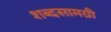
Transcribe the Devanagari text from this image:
शब्दसामग्री